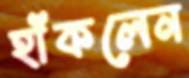
হাঁকলেন